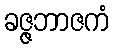
ခဇ္ဇဘာဇကံ